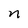
Character: n